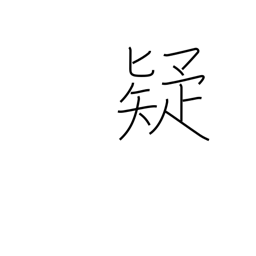
Meaning: distrust